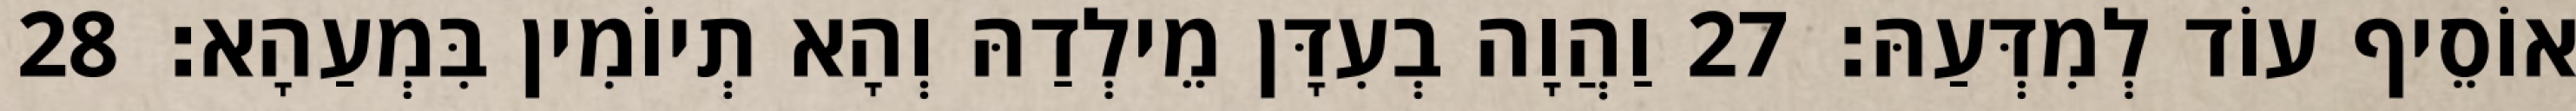
אוֹסֵיף עוֹד לְמִדְּעַהּ׃ 27 וַהֲוָה בְעִדָּן מֵילְדַהּ וְהָא תְיוֹמִין בִּמְעַהָא׃ 28